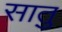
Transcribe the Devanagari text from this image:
सातु